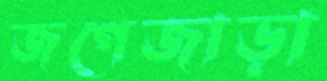
জগেজাড়া